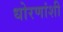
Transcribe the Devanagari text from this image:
धोरणांशी